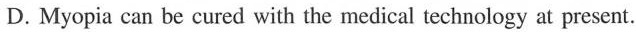
D. Myopia can be cured with the medical technology at present.